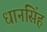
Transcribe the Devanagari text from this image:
धानसिंह